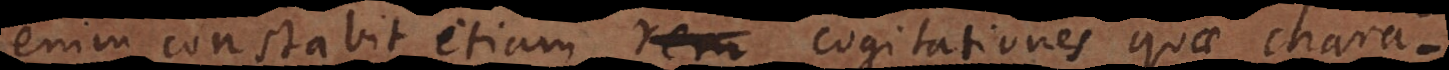
enim constabit etiam reru cogitationes quae chara